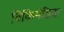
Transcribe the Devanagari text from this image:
विकिमेडिया